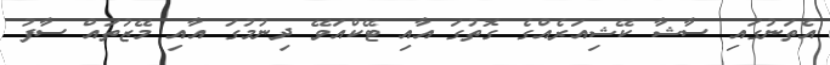
އެތަނުގައި ސާޝާ ކޭޝިއަރެއްގެ ގޮތުގަ އާއި ޓޭކްއަވޭ ދިނުމުގަ އާއި މޭޒުތައް ސާފު